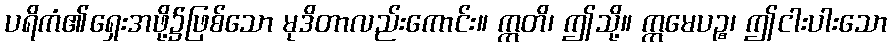
ပရိကံ၏ရှေးအဖို့၌ဖြစ်သော မုဒိတာလည်းကောင်း။ ဣတိ၊ ဤသို့။ ဣမေပဉ္စ၊ ဤငါးပါးသော